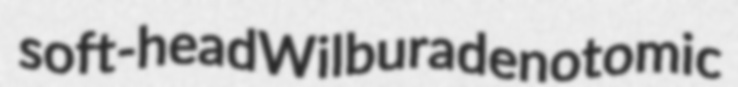
soft-head Wilbur adenotomic